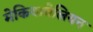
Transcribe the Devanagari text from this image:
मेकियावेलियन